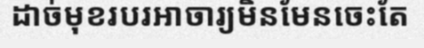
ដាច់មុខរបរអាចារ្យមិនមែនចេះតែ